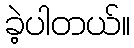
ခဲ့ပါတယ်။